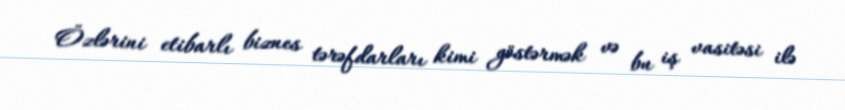
Özlərini etibarlı biznes tərəfdarları kimi göstərmək və bu iş vasitəsi ilə